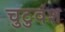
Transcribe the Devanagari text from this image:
चुटुवंश